Burma Government Medical School reports 1907-22
Year: 1907
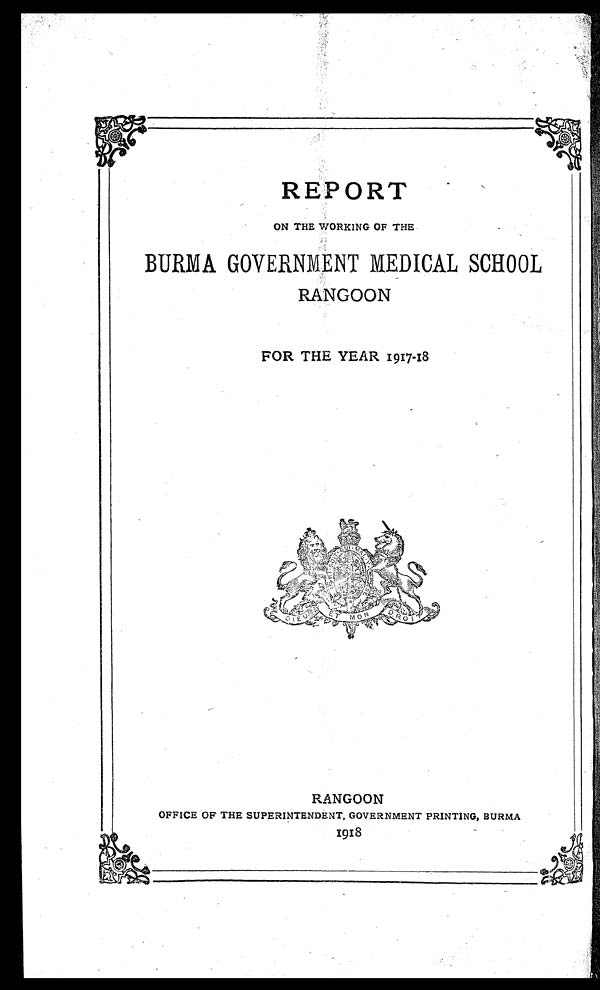
REPORT
ON THE WORKING OF THE
•
.
BURMA GOVERNMENT MEDICAL SCHOOL
RANGOON
FOR THE YEAR 1917-18
RANGOON
OFFICE OF THE SUPERINTENDENT, GOVERNMENT PRINTING, BURMA
1918